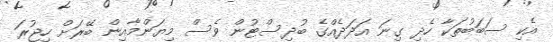
އެކި ސަބަބުތަކާ ހެދި ގިނަ އަދަދެއްގެ ބުދިސްޓުން ވެސް މިޔަންމާއިން ބޭރަށް ހިޖުރަ